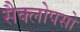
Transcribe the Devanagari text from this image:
सैक्लोपसो